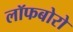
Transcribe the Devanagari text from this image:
लॉफबोरो